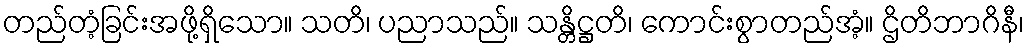
တည်တံ့ခြင်းအဖို့ရှိသော။ သတိ၊ ပညာသည်။ သန္တိဋ္ဌတိ၊ ကောင်းစွာတည်အံ့။ ဌိတိဘာဂိနီ၊